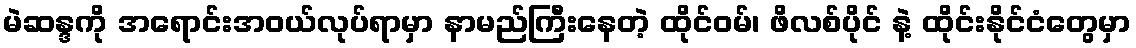
မဲဆန္ဒကို အရောင်းအဝယ်လုပ်ရာမှာ နာမည်ကြီးနေတဲ့ ထိုင်ဝမ်၊ ဖိလစ်ပိုင် နဲ့ ထိုင်းနိုင်ငံတွေမှာ